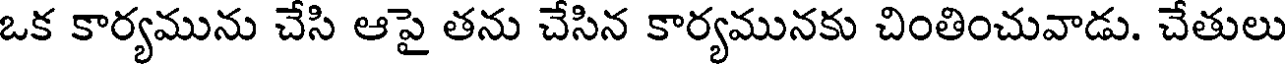
ఒక కార్యమును చేసి ఆపై తను చేసిన కార్యమునకు చింతించువాడు. చేతులు